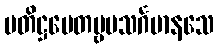
ပတိဋ္ဌပေတဗ္ဗမသင်္ဂမာနသေ